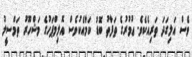
ވެސް އަލިގަދަ ތަރިއެކެވެ. ޢުމުރުގެ ތަފާތު ބޮޑު ކަމާއެކުވެސް އޮލިމްޕަހުގެ މަޝްހޫރު ތަމްސީލު